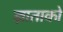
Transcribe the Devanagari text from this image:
ज्ञाताको